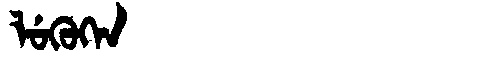
Manchu: ᠯᡠᡴᡠᡴᡝᠨ
Romanization: LUKUKEN